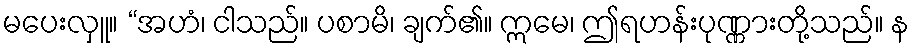
မပေးလှူ။ “အဟံ၊ ငါသည်။ ပစာမိ၊ ချက်၏။ ဣမေ၊ ဤရဟန်းပုဏ္ဏားတို့သည်။ န